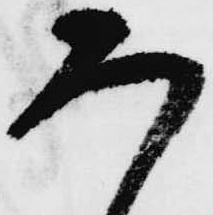
ろ